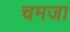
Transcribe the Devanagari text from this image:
चमजा